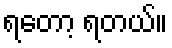
ရတော့ ရတယ်။